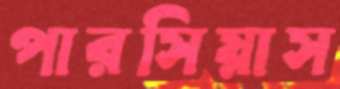
পারসিয়াস